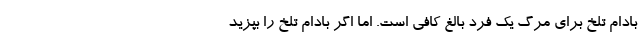
بادام تلخ براي مرگ يك فرد بالغ كافي است. اما اگر بادام تلخ را بپزيد